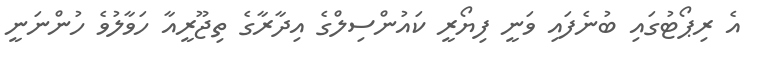
އެ ރިޕޯޓުގައި ބުނެފައި ވަނީ ފިޔޯރީ ކައުންސިލްގެ އިދާރާގެ ތިޖޫރީއާ ހަވާލުވެ ހުންނަނީ